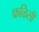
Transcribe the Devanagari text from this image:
फळिसी